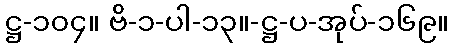
ဋ္ဌ-၁၀၄။ ဗိ-၁-ပါ-၁၃။-ဋ္ဌ-ပ-အုပ်-၁၆၉။